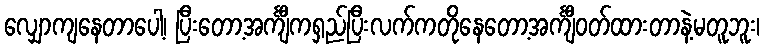
လျှောကျနေတာပေါ့၊ ပြီးတော့အင်္ကျီကရှည်ပြီးလက်ကတိုနေတော့အင်္ကျီဝတ်ထားတာနဲ့မတူဘူး၊